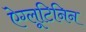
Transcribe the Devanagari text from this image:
ऐग्लूटिनिन